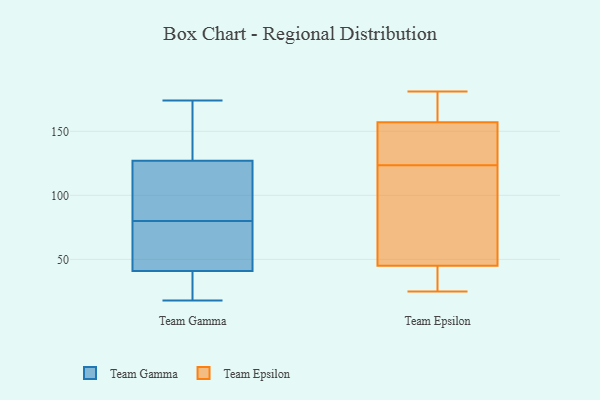
{"axis": {"x": "Backlog", "y": "Value"}, "legend": ["Team Epsilon", "Team Gamma"], "data": [{"x": "", "y": 127, "type": "Team Gamma"}, {"x": "", "y": 18, "type": "Team Gamma"}, {"x": "", "y": 82, "type": "Team Gamma"}, {"x": "", "y": 78, "type": "Team Gamma"}, {"x": "", "y": 35, "type": "Team Gamma"}, {"x": "", "y": 41, "type": "Team Gamma"}, {"x": "", "y": 88, "type": "Team Gamma"}, {"x": "", "y": 174, "type": "Team Gamma"}, {"x": "", "y": 53, "type": "Team Gamma"}, {"x": "", "y": 97, "type": "Team Gamma"}, {"x": "", "y": 134, "type": "Team Gamma"}, {"x": "", "y": 129, "type": "Team Gamma"}, {"x": "", "y": 59, "type": "Team Gamma"}, {"x": "", "y": 26, "type": "Team Gamma"}, {"x": "", "y": 142, "type": "Team Epsilon"}, {"x": "", "y": 27, "type": "Team Epsilon"}, {"x": "", "y": 88, "type": "Team Epsilon"}, {"x": "", "y": 148, "type": "Team Epsilon"}, {"x": "", "y": 31, "type": "Team Epsilon"}, {"x": "", "y": 59, "type": "Team Epsilon"}, {"x": "", "y": 175, "type": "Team Epsilon"}, {"x": "", "y": 25, "type": "Team Epsilon"}, {"x": "", "y": 156, "type": "Team Epsilon"}, {"x": "", "y": 158, "type": "Team Epsilon"}, {"x": "", "y": 105, "type": "Team Epsilon"}, {"x": "", "y": 181, "type": "Team Epsilon"}]}